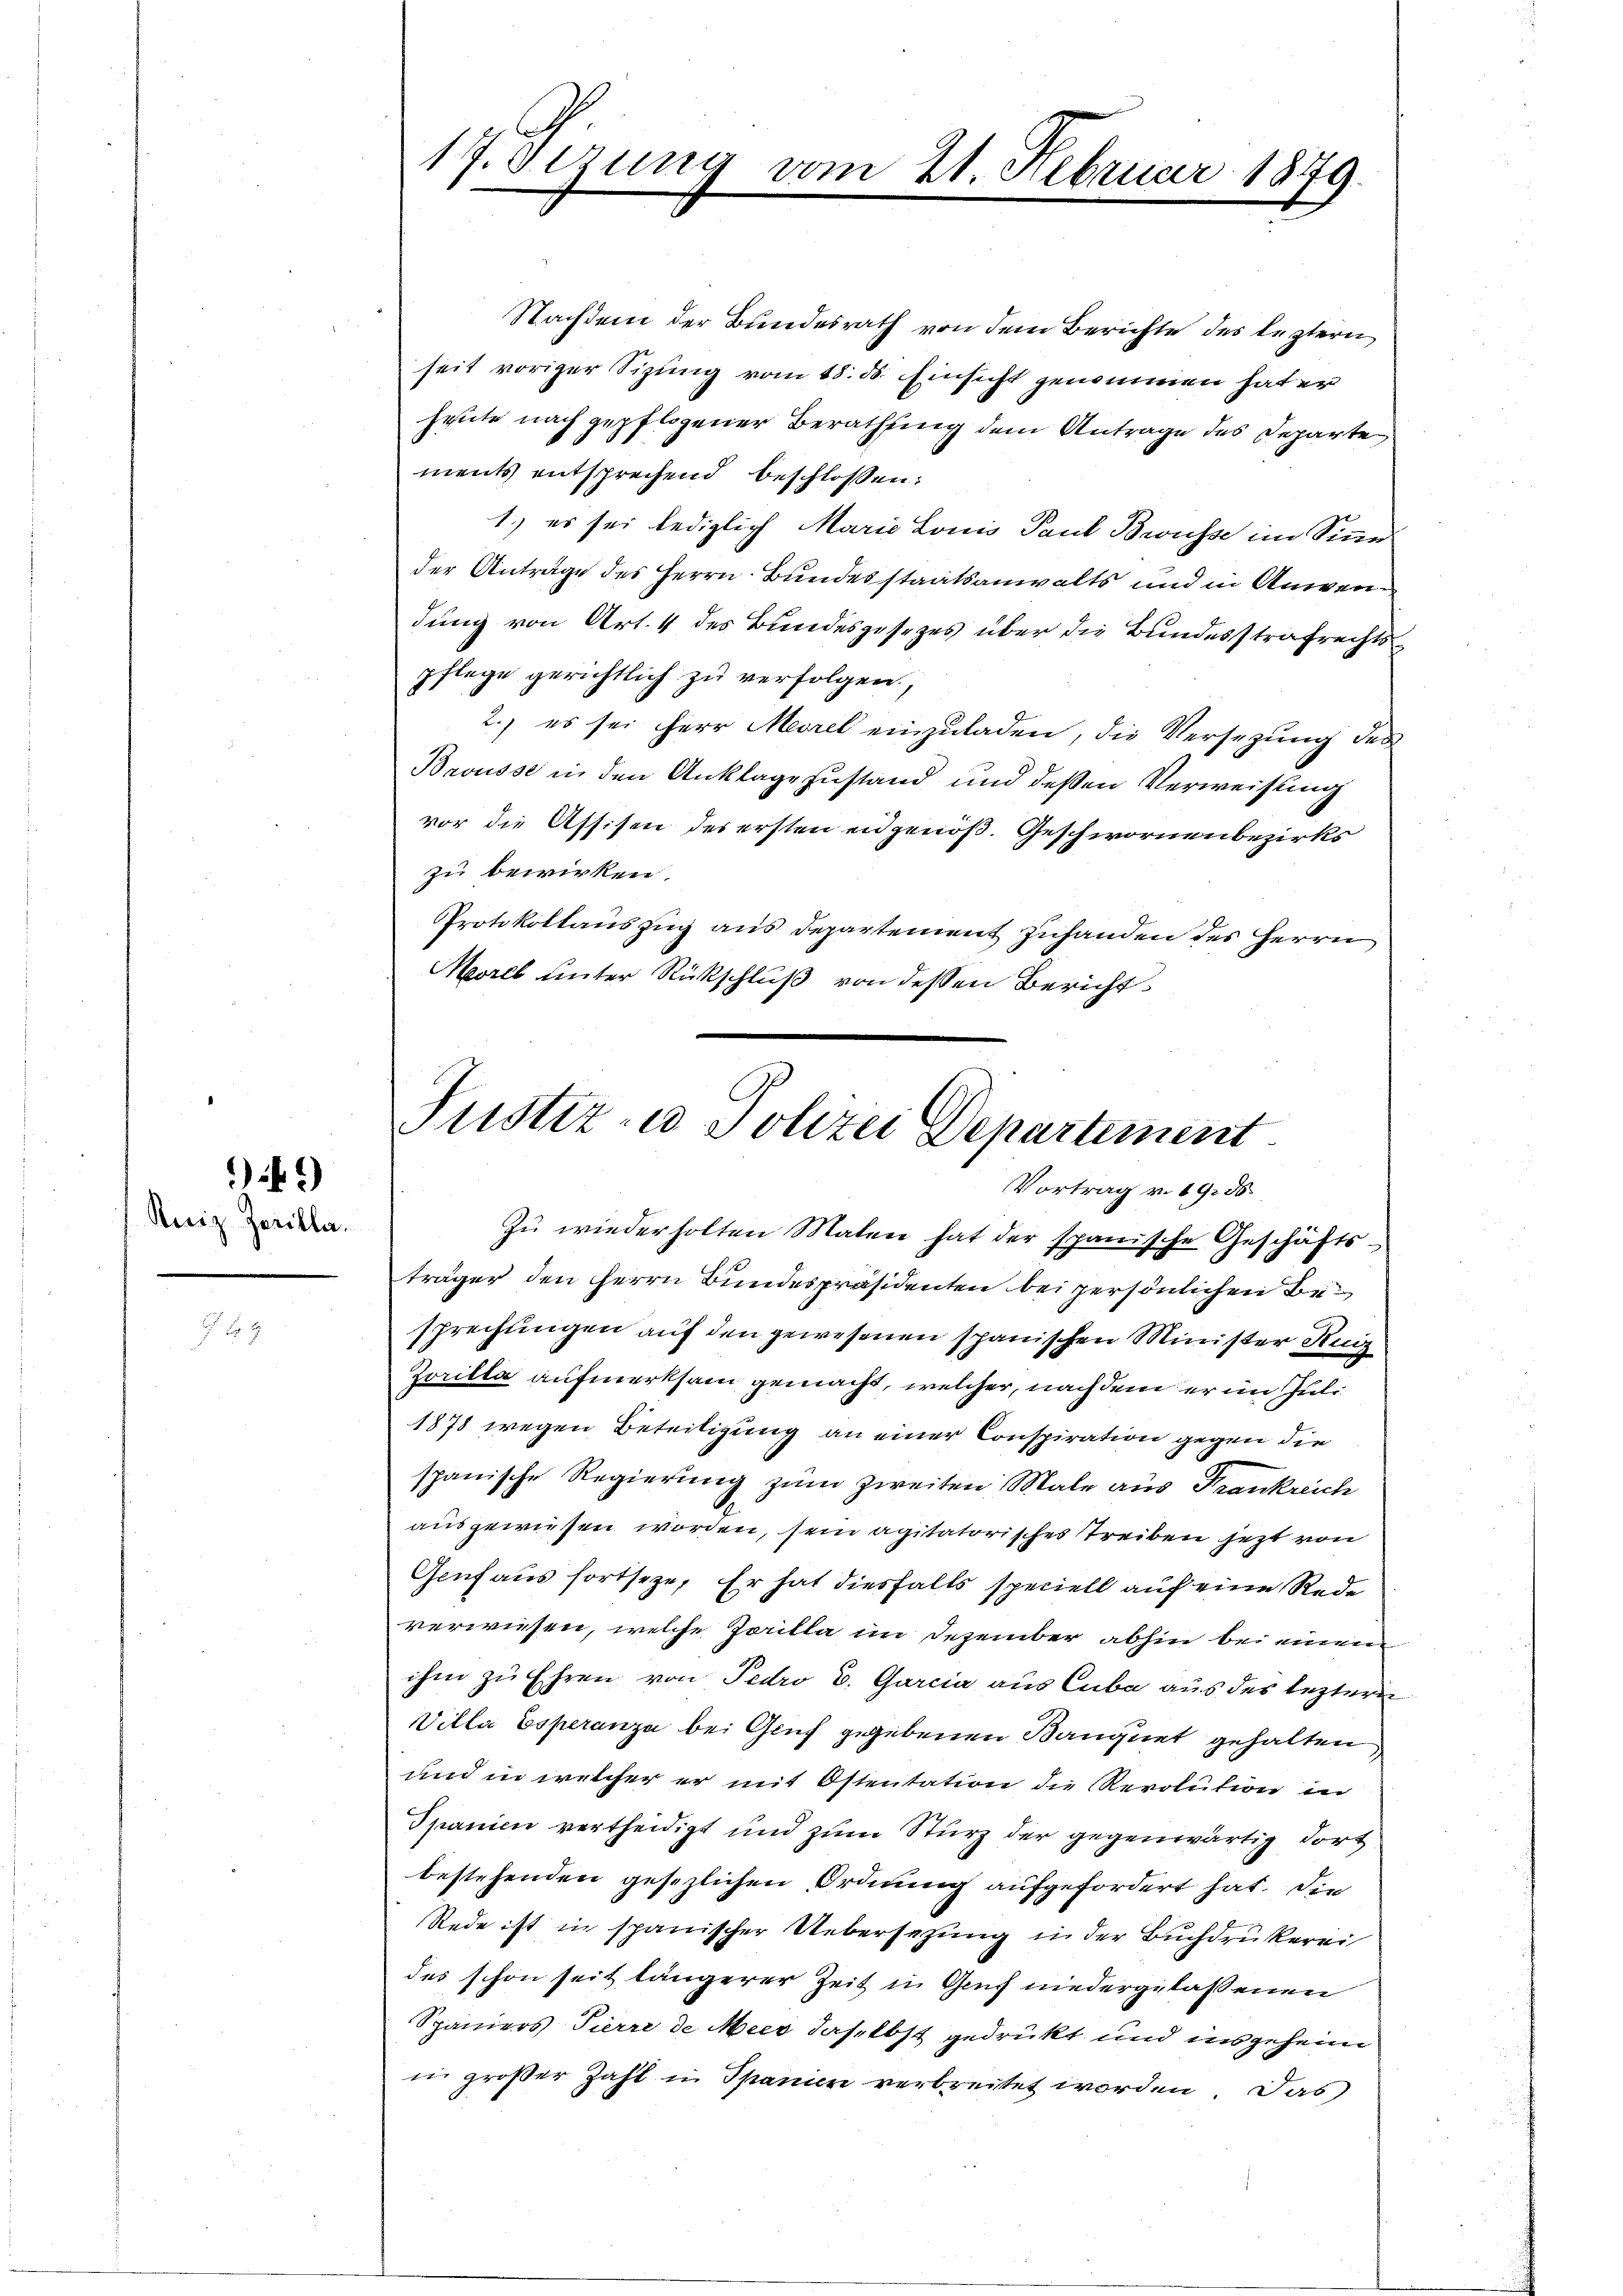
949
Reiz Zerilla.

17. Sezung vom 21. Februar 1879.

Nachdem der Bundesrath von dem Berichte des leztern
seit voriger Sizung vom 15. d. Einsicht genommen hat er
heute nach gepflogener Berathung dem Antrage des Departe
ments entsprechend beschlossen:
1.) es sei lediglich Marie Lonio Paul Bewusse im Sinne
der Antrage des Herrn Bundesstaatsanwalts und in Anwendung von Art. 4 des Bundesgesezes über die Bundesstrafrechtspflege gerichtlich zu verfolgen,
2.) es sei Herr Morel einzuladen, die Versetzung des
Brousse in den Anklage zustand und deßen Verweisung
vor die Assisen der ersten eidgenöß. Geschwornenbezirks
zu bewirken.
Protokollauszug aus Departement zuhanden des Herrn
Meorel unter Rückschluß von dessen Bericht
Zŭ wiederholten Malen hat der spanische Geschäfts-
träger den Herrn Bundespräsidenten bei persönlichen Besprechungen auf den gewesenen spanischen Minister Kuiz
Zorilla aufmerksam gemacht, welcher, nach dem er im Juli
1878 wegen Betreitigung an einer Conspiration gegen die
spanische Regierung zum Zweiten Male aus Frankreich
ausgewiesen worden, sein agitatorisches Treiben jetzt von
Genf aus fortseze, Er hat diesfalls speciell auf eine Rede
verwiesen, welche Zerilla im Dezember abhin bei einem
ihm zu Ehren von Fedro E. Garcia aus Cuba aus des lezteren
Villa Esperanza bei Gruf gegebenen Baugnet gehalten
und in welcher er mit Ostentation die Revolution in
Spanien vertheidigt und zum Sturz der gegenwärtig dort
bestehenden gesezlichen Ordnung aufgefordert hat. Die
Rede ist in spanischer Uebersezung in der Buchdrukerei
des schon seit längerer Zeit in Genf niedergelassenen
Spaniers Pierre de Meer daselbst gedruckt und insgeheim
in großer Zahl in Spanien verbreitet worden. Das

Justiz- u. Polizei Departement
Vortrag v. 19. 56